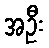
အဦး